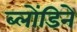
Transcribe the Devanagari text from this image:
ब्लोंडिने